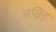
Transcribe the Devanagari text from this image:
बब्निड्